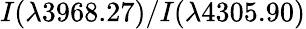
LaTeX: I(\lambda 3968.27)/I(\lambda 4305.90)